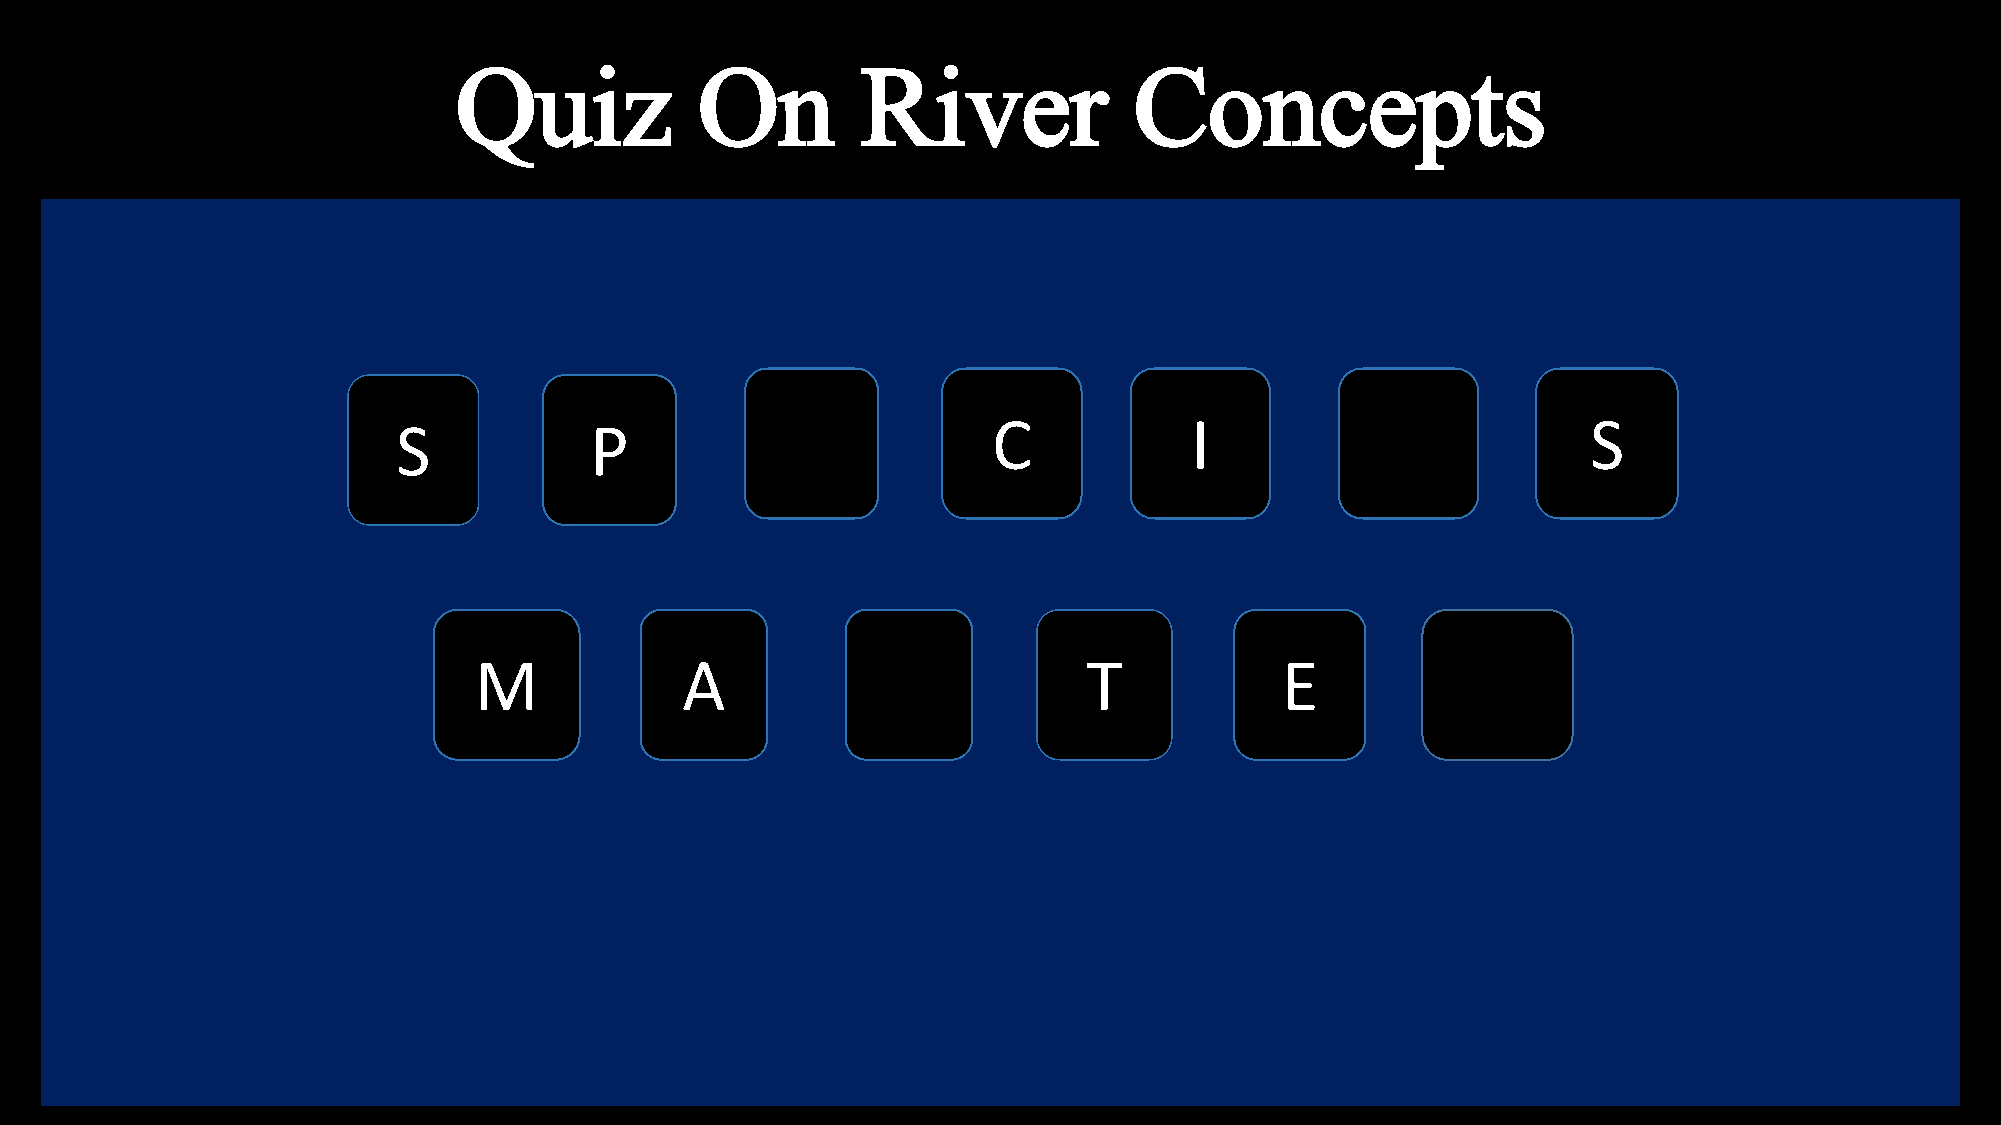
Quiz            On         River             Concepts
 C            I                         S
 S            P
 M             A                          T            E